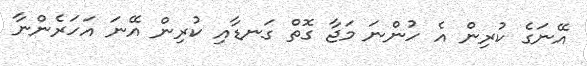
އޭނަގެ ކުރިން އެ ހުންނަ މަޖާ ގޮތް ގަނޑާއި ކުރިން އޭނަ އަހަރެންނާ